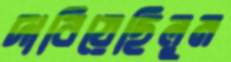
দাবিয়েছিলুম